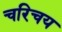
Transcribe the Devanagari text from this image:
चरिचय